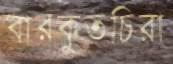
বারকুতচিরা